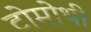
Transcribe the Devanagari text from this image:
टोमोथी